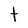
Character: t